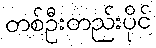
တစ်ဦးတည်းပိုင်